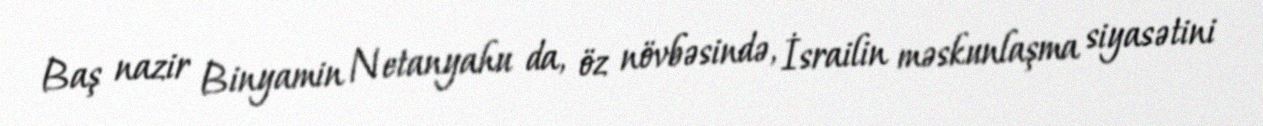
Baş nazir Binyamin Netanyahu da, öz növbəsində, İsrailin məskunlaşma siyasətini